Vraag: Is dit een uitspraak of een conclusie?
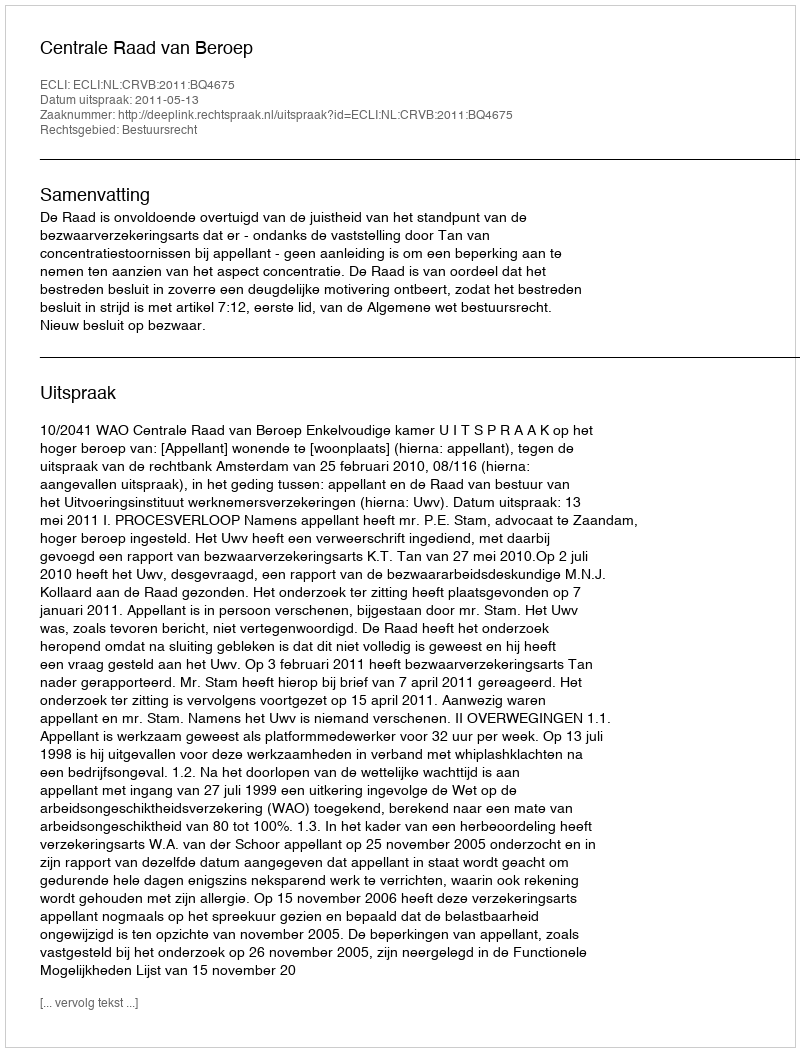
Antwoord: Uitspraak